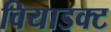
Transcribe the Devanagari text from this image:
वियाडक्ट